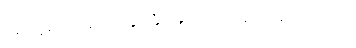
ရှောင်ရှား မောင်းနှင်နိုင်မယ်လို့လည်း ဆိုပါတယ်။